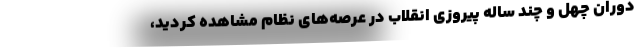
دوران چهل و چند ساله پیروزی انقلاب در عرصه‌های نظام مشاهده کردید،